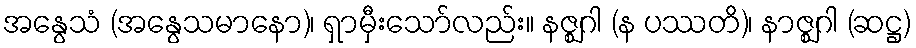
အနွေသံ (အနွေသမာနော)၊ ရှာမှီးသော်လည်း။ နဇ္ဈဂါ (န ပဿတိ)၊ နာဇ္ဈဂါ (ဆဋ္ဌ)